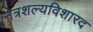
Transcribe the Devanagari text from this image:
नेत्रशल्यविशारद